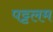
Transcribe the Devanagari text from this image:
पट्टलम